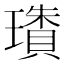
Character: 璳